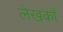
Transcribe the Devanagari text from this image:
लेखकोँ